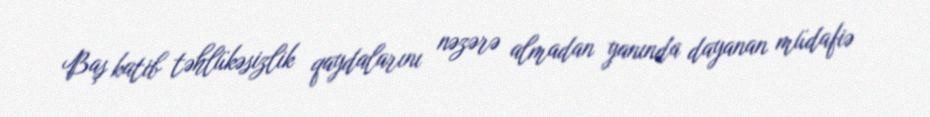
Baş katib təhlükəsizlik qaydalarını nəzərə almadan yanında dayanan müdafiə